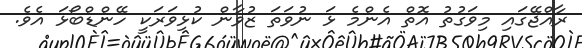
ރާއްޖޭގައި މިވަގުތު އޮތް އެންމެ ޅަ ނުވަތަ ޒުވާން ކުޅިވަރަކީ ހޭންޑްބޯޅަ އެވެ.